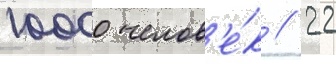
10000 челов'е́к / 22